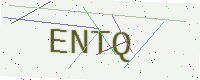
Text: ENTQ